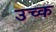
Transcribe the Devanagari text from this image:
उच्क